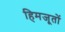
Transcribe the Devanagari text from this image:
हिमजूतों